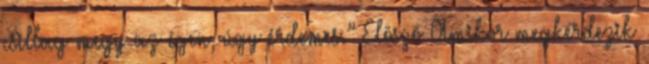
csillag megy az égen, úgy érdemes.” Elôszó Amikor megkérdezik